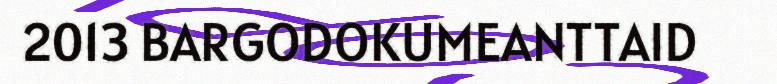
2013 BARGODOKUMEANTTAID